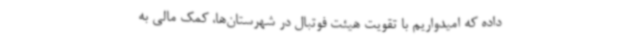
داده که امیدواریم با تقویت هیئت فوتبال در شهرستان‌ها، کمک مالی به